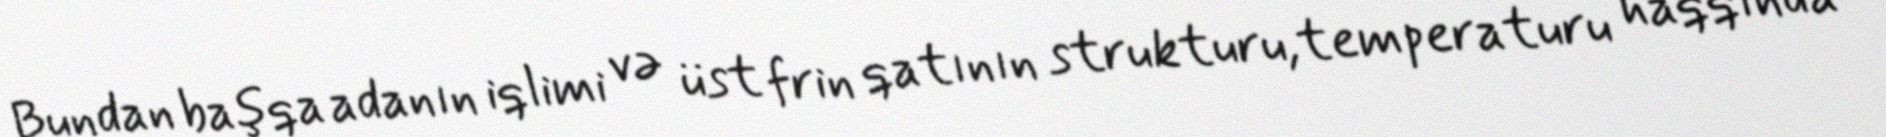
Bundan başqa adanın iqlimi və üst frin qatının strukturu,temperaturu haqqında